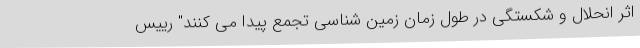
اثر انحلال و شکستگی در طول زمان زمین شناسی تجمع پیدا می کنند" رییس